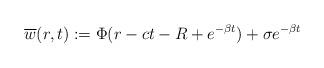
LaTeX: \begin{align*}\overline w(r,t):=\Phi(r-ct-R+e^{-\beta t})+\sigma e^{-\beta t}\end{align*}